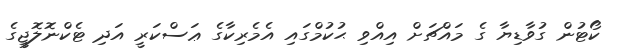
ކޯޓުން ގުވާޑިޔާ ގެ މައްޗަށް އިއްވި ޙުކުމްގައި އެމެރިކާގެ ޢަސްކަރީ އަދި ޓެކްނޮލޮޖީގެ